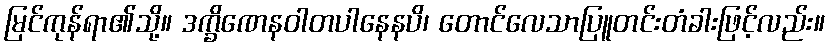
မြင်ကုန်ရာ၏သို့။ ဒက္ခိဏေနဝါတပါနေနပိ၊ တောင်လေသာပြူတင်းတံခါးဖြင့်လည်း။